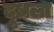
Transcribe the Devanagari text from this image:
दूधला